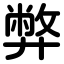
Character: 弊